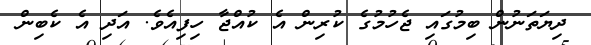
ދިޔަތަނުން ބިމުގައި ޖެހުމުގެ ކުރިން އެ ކުއްޖާ ހިފިއެވެ. އަދި އެ ކެބިން